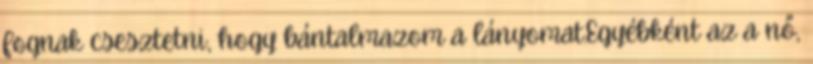
fognak csesztetni, hogy bántalmazom a lányomat.Egyébként az a nő,